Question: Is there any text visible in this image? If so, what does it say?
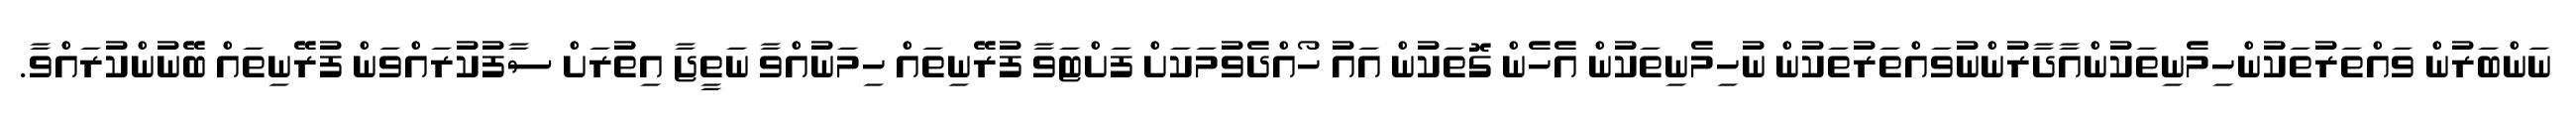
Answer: ނަންބަރުން ވައްތަރުތަކުންހިމެނިތަކުންއާދާރުންނުވައްތަރުތަކުން ނުހިމެނިތަކުން އެހެން ގޮތަކުން އައު ހޯއްދެވުމަކަށް ފަށްޓަވާ ފުރޭނިތައް ހިމަނުއްވާ ނަތީޖާ އިތުރަށް ސާފުކުރައްވަން ފުރޭނިތައް ބޭނުންކުރައްވާ.